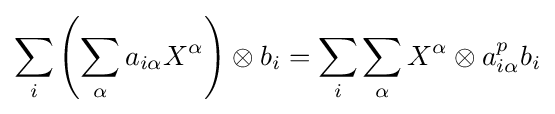
\sum _{i}\left(\sum _{\alpha }a_{i\alpha }X^{\alpha }\right)\otimes b_{i}=\sum _{i}\sum _{\alpha }X^{\alpha }\otimes a_{i\alpha }^{p}b_{i}